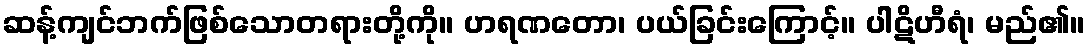
ဆန့်ကျင်ဘက်ဖြစ်သောတရားတို့ကို။ ဟရဏတော၊ ပယ်ခြင်းကြောင့်။ ပါဋိဟီရံ၊ မည်၏။